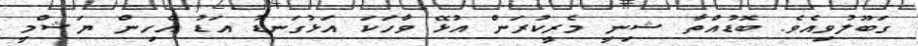
ގަބޫލުވިއެވެ. ބޮޑުއްތާ ޝިނީ މެރީކުރަން އުޅޭ ވާހަކަ އަޅުގަނޑު އަޑު އެހިން ޔަޝްމީ